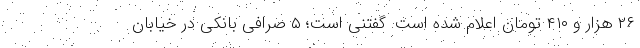
۲۶ هزار و ۴۱۰ تومان اعلام شده است. گفتنی است؛ ۵ صرافی بانکی در خیابان